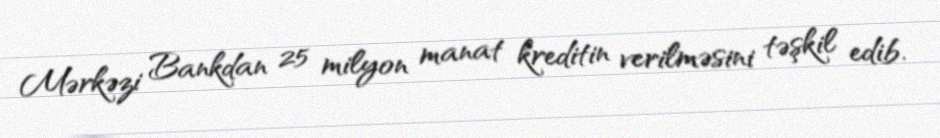
Mərkəzi Bankdan 25 milyon manat kreditin verilməsini təşkil edib.